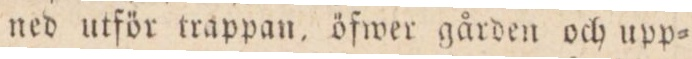
ned utför trappan, öfwer gården och upp=